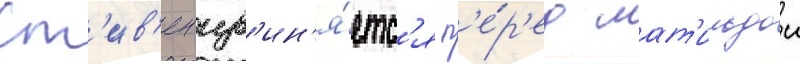
Ст'ив'ен изв'ин'я́етс'я п'е́р'ед мат'ильдои